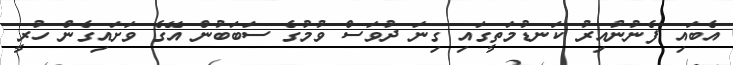
އެބައި ފެނުނުއިރު ކަނޑުމަތީގައި ގިނަ ދުވަސް ވުމުގެ ސަބަބުން އޭގެ ވަށައިގެން ހުރީ